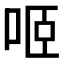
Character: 𠲬